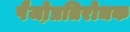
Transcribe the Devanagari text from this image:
पैजो़प्रतिरोधक